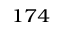
^ { 1 7 4 }